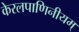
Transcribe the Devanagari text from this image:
केरलपाणिनीयम्